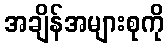
အချိန်အများစုကို